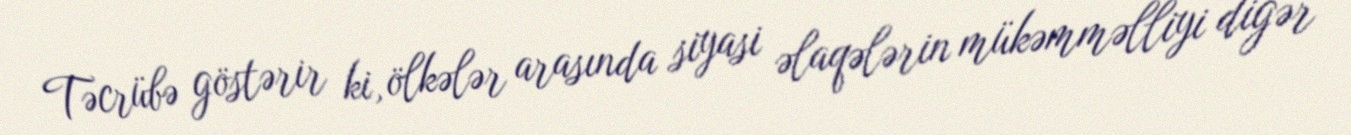
Təcrübə göstərir ki, ölkələr arasında siyasi əlaqələrin mükəmməlliyi digər